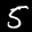
Label: 5